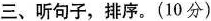
三、听句子,排序.(10分)